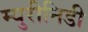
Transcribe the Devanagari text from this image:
म्युरीनिडी